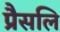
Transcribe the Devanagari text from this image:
प्रैसलि